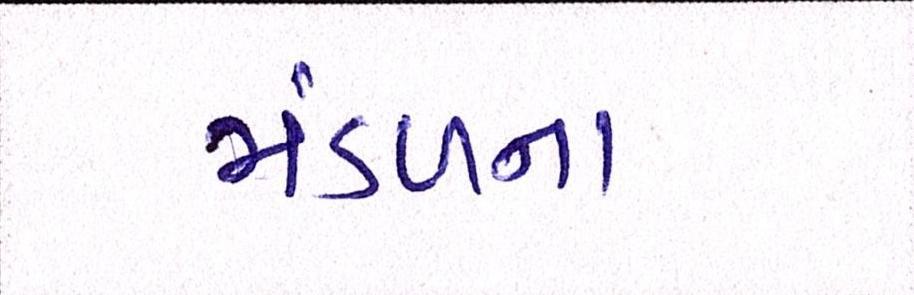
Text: મંડળના